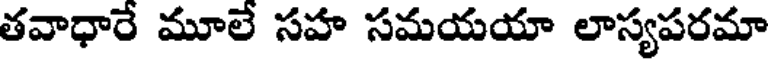
తవాధారే మూలే సహ సమయయా లాస్యపరమా